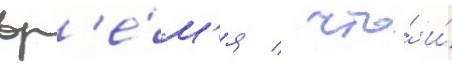
вр'е́м'я / что́ и́